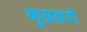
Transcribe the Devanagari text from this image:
गुळवरी